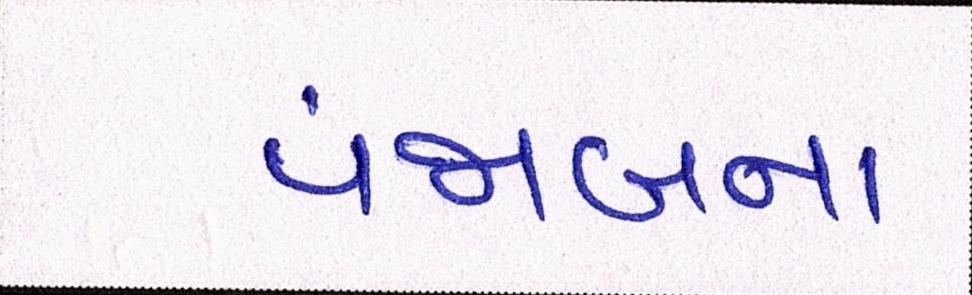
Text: પંજાબના